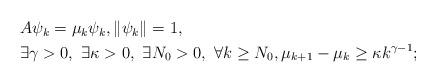
LaTeX: \begin{align*}\begin{aligned}& A \psi_k = \mu_k \psi_k, \|\psi_k\| =1,\\& \exists \gamma>0, \ \exists\kappa>0, \ \exists N_0> 0, \ \forall k \geq N_0, \mu_{k+1} -\mu_k \geq \kappa k^{\gamma-1};\end{aligned}\end{align*}